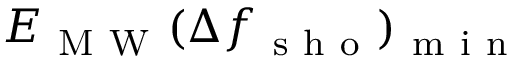
E _ { \mathrm { ~ M ~ W ~ } } { ( } \Delta f _ { \mathrm { ~ s ~ h ~ o ~ } } { ) } _ { \mathrm { ~ m ~ i ~ n ~ } }